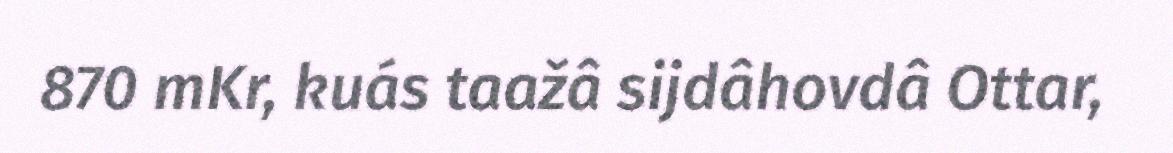
870 mKr, kuás taažâ sijdâhovdâ Ottar,